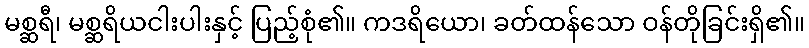
မစ္ဆရီ၊ မစ္ဆရိယငါးပါးနှင့် ပြည့်စုံ၏။ ကဒရိယော၊ ခတ်ထန်သော ဝန်တိုခြင်းရှိ၏။